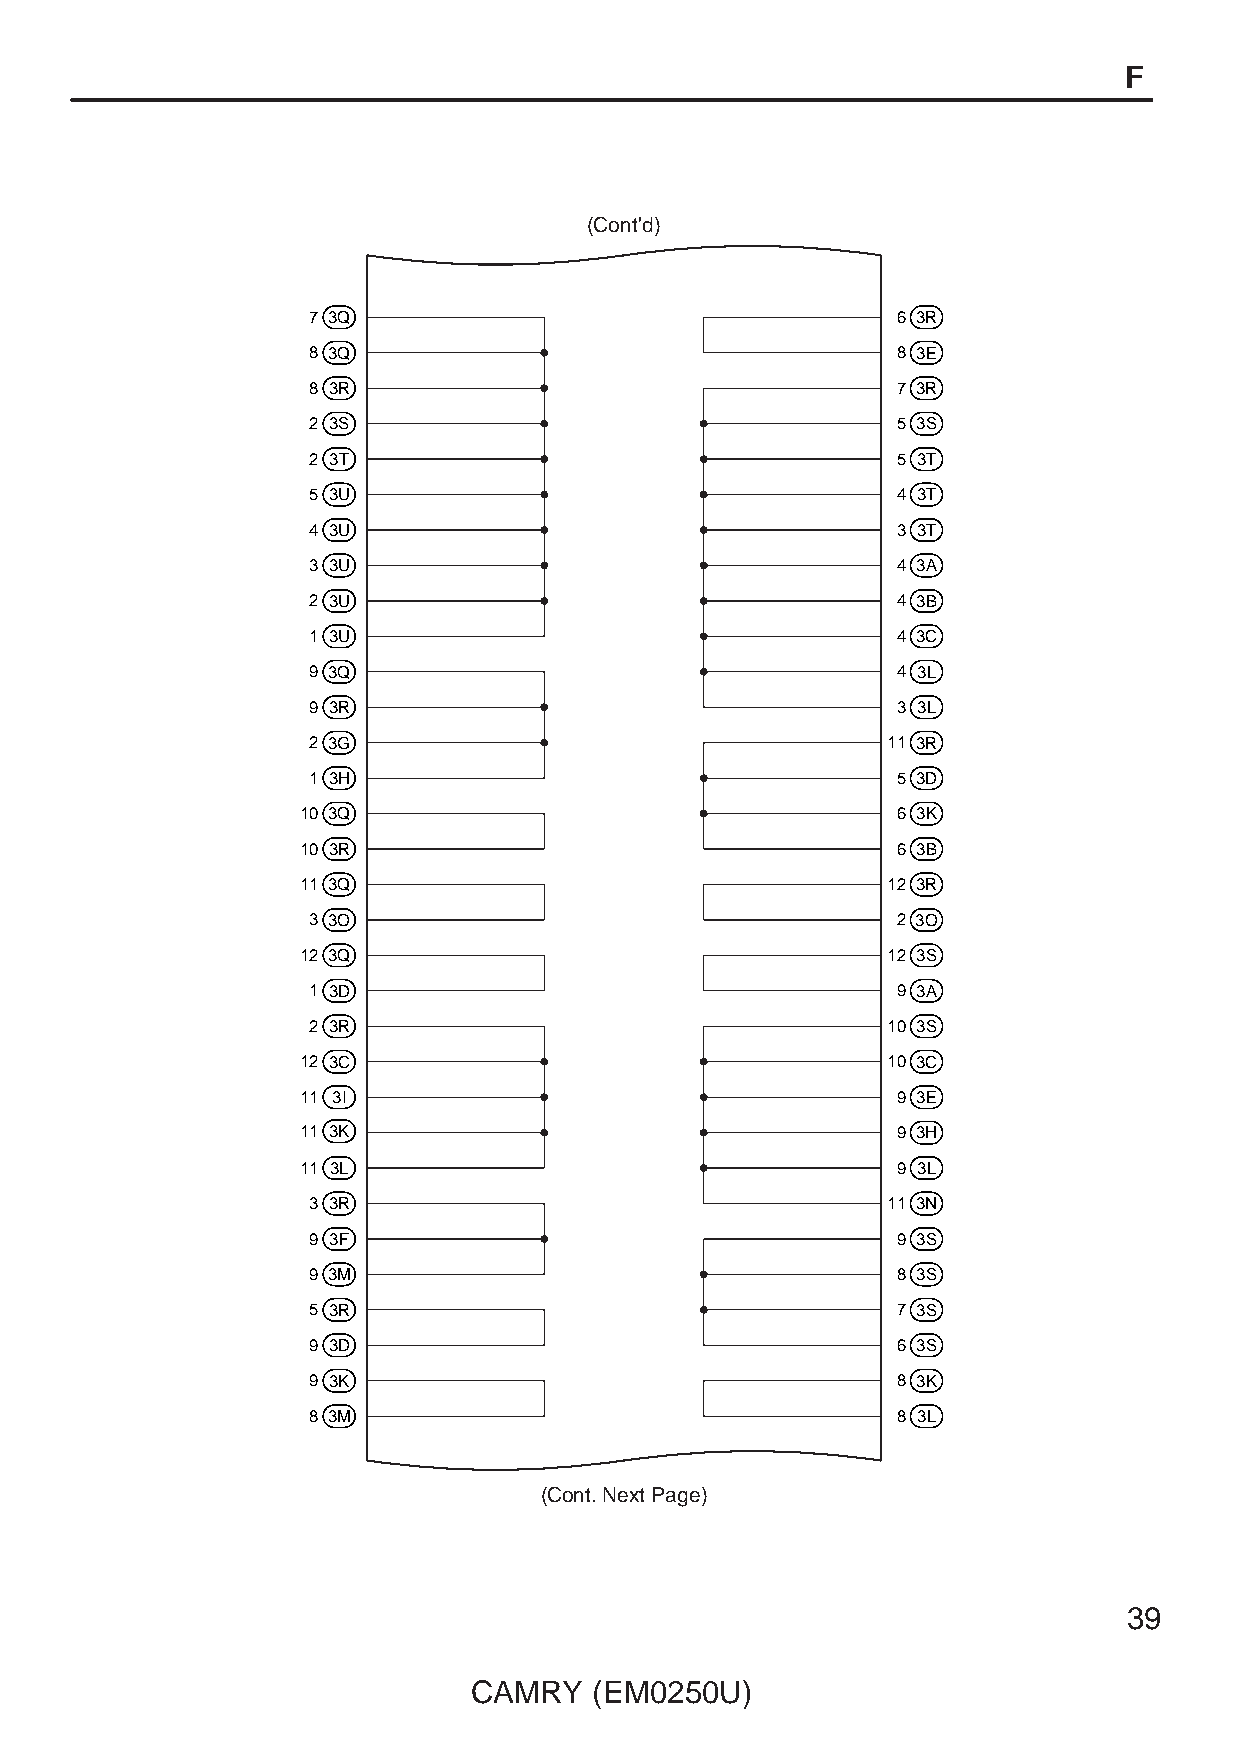
F
 (Cont'd)
 7 3Q                                   6 3R
 8 3Q                                   8 3E
 8 3R                                   7 3R
 2 3S                                   5 3S
 2 3T                                   5 3T
 5 3U                                   4 3T
 4 3U                                   3 3T
 3 3U                                   4 3A
 2 3U                                   4 3B
 1 3U                                   4 3C
 9 3Q                                   4 3L
 9 3R                                   3 3L
 2 3G                                   11 3R
 1 3H                                   5 3D
 10 3Q                                  6 3K
 10 3R                                  6 3B
 11 3Q                                  12 3R
 3 3O                                   2 3O
 12 3Q                                  12 3S
 1 3D                                   9 3A
 2 3R                                   10 3S
 12 3C                                  10 3C
 11 3I                                  9 3E
 11 3K                                  9 3H
 11 3L                                  9 3L
 3 3R                                   11 3N
 9 3F                                   9 3S
 9 3M                                   8 3S
 5 3R                                   7 3S
 9 3D                                   6 3S
 9 3K                                   8 3K
 8 3M                                   8 3L
 (Cont. Next Page)
 39
 CAMRY   (EM0250U)